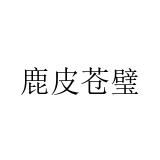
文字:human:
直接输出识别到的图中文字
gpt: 鹿皮苍璧